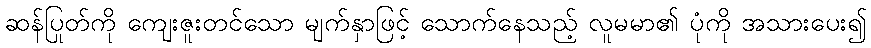
ဆန်ပြုတ်ကို ကျေးဇူးတင်သော မျက်နှာဖြင့် သောက်နေသည့် လူမမာ၏ ပုံကို အသားပေး၍